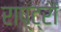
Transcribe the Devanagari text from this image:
राष्ट्रौं